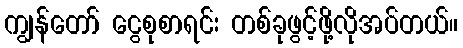
ကျွန်တော် ငွေစုစာရင်း တစ်ခုဖွင့်ဖို့လိုအပ်တယ်။